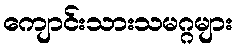
ကျောင်းသားသမဂ္ဂများ